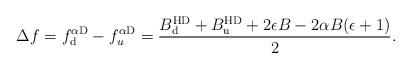
LaTeX: \begin{align*}\!\!\!\!\!\!\!\!\! \Delta f = f^{\alpha {\rm D}}_{\rm d}-f^{\alpha {\rm D}}_{u}=\frac{B_{\rm d}^{\rm HD}+B_{\rm u}^{\rm HD}+2\epsilon B-2 \alpha B (\epsilon+1)}{2}.\end{align*}